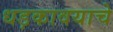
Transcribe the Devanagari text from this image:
धड़कावयाचे